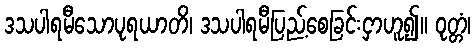
ဒသပါရမီသောပုရယာတိ၊ ဒသပါရမီပြည့်စေခြင်းငှာဟူ၍။ ဝုတ္တံ၊